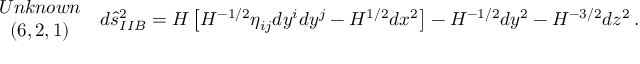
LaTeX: \begin{array} { c } { { U n k n o w n } } \\ { { ( 6 , 2 , 1 ) } } \end{array} \, \, \, d \hat { s } _ { I I B } ^ { 2 } = H \left[ H ^ { - 1 / 2 } \eta _ { i j } d y ^ { i } d y ^ { j } - H ^ { 1 / 2 } d x ^ { 2 } \right] - H ^ { - 1 / 2 } d y ^ { 2 } - H ^ { - 3 / 2 } d z ^ { 2 } \, .